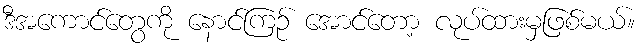
ဒီအကောင်တွေကို နောင်ကြဉ် အောင်တော့ လုပ်ထားမှဖြစ်မယ်။